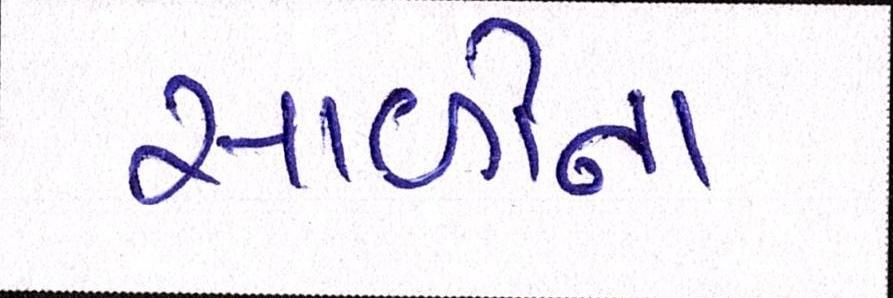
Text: સાળીના